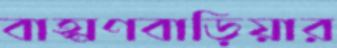
বাহ্মণবাড়িয়ার